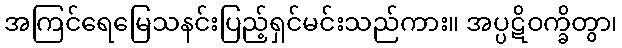
အကြင်ရေမြေသနင်းပြည့်ရှင်မင်းသည်ကား။ အပ္ပဋိဝက္ခိတွာ၊